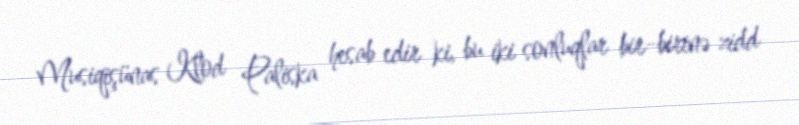
Musiqişünas Klod Paliska hesab edir ki, bu iki sonluqlar bir-birinə zidd